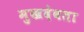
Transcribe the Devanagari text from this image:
मुखदेवता